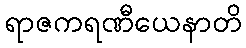
ရာဇကရဏီယေနာတိ